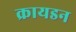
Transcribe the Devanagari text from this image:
क्रायडन